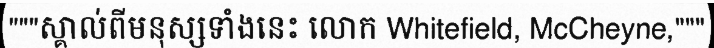
"""ស្គាល់ពីមនុស្សទាំងនេះ លោក Whitefield, McCheyne,"""